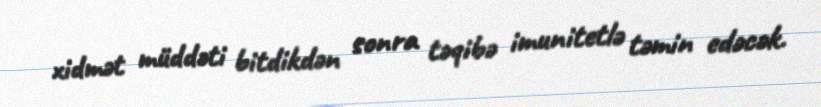
xidmət müddəti bitdikdən sonra təqibə imunitetlə təmin edəcək.